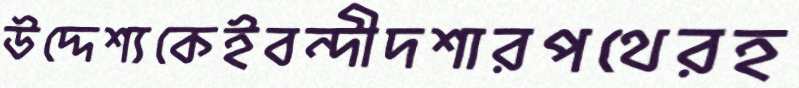
উদ্দেশ্যকেইবন্দীদশারপথেরহ